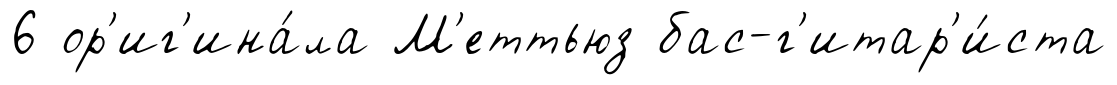
6 ор'иг'ина́ла М'еттьюз бас-г'итар'и́ста